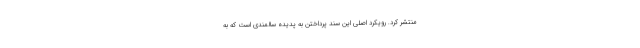
منتشر كرد. رويكرد اصلي اين سند پرداختن به پديده سالمندي است كه به